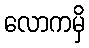
လောကမှိ